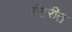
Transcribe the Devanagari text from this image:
बॅटरीत